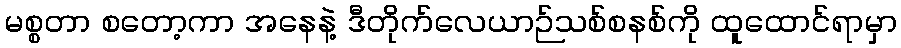
မစ္စတာ စတော့ကာ အနေနဲ့ ဒီတိုက်လေယာဉ်သစ်စနစ်ကို ထူထောင်ရာမှာ